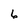
Character: 6